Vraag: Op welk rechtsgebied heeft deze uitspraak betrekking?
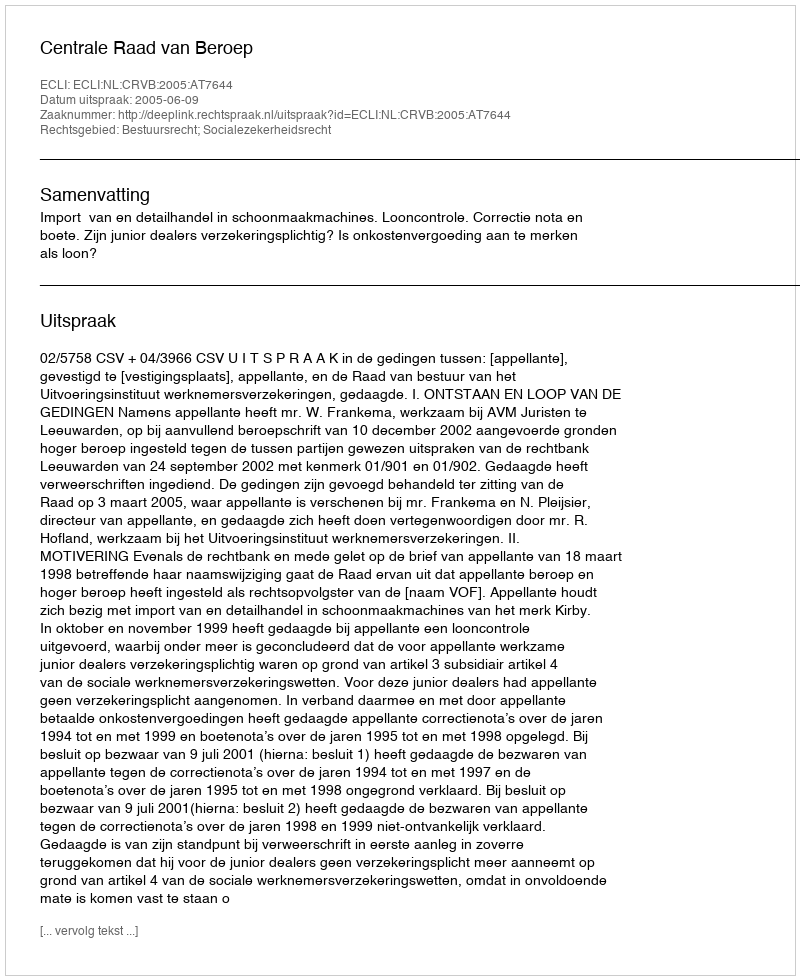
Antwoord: Bestuursrecht; Socialezekerheidsrecht